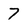
Character: 7